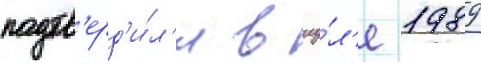
подтв'ерд'и́л'и в иу́л'е 1989